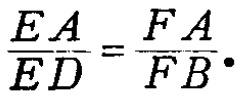
$\frac{EA}{ED}=\frac{FA}{FB}.$